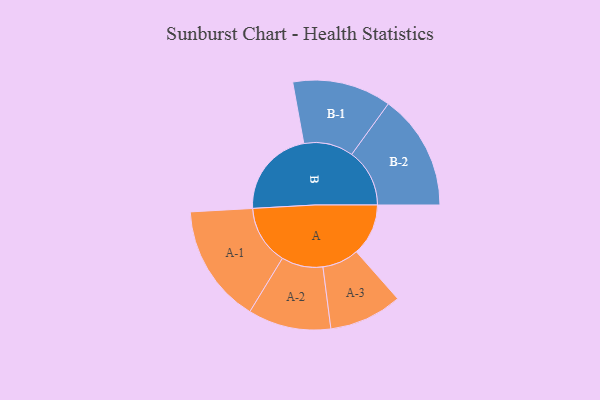
{"axis": {"x": "Segment", "y": "Value"}, "legend": ["", "A", "B"], "data": [{"x": "A", "y": 253, "type": ""}, {"x": "B", "y": 432, "type": ""}, {"x": "A-1", "y": 289, "type": "A"}, {"x": "A-2", "y": 202, "type": "A"}, {"x": "A-3", "y": 178, "type": "A"}, {"x": "B-1", "y": 241, "type": "B"}, {"x": "B-2", "y": 282, "type": "B"}]}